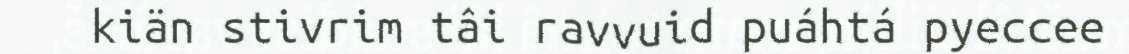
kiän stivrim tâi ravvuid puáhtá pyeccee